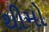
થીમો